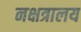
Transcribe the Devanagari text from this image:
नक्षत्रालय